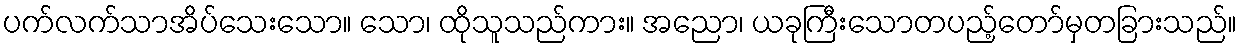
ပက်လက်သာအိပ်သေးသော။ သော၊ ထိုသူသည်ကား။ အညော၊ ယခုကြီးသောတပည့်တော်မှတခြားသည်။